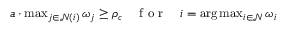
\begin{array} { r } { a \cdot \operatorname* { m a x } _ { j \in { \mathcal { N } ( i ) } } \omega _ { j } \geq \rho _ { c } \quad \mathrm { ~ f ~ o ~ r ~ } \quad i = \arg \operatorname* { m a x } _ { i \in \mathcal { N } } \omega _ { i } } \end{array}